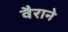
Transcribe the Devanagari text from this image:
वैराने